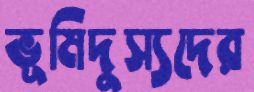
ভূমিদুস্যদের